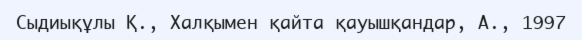
Сыдиықұлы Қ., Халқымен қайта қауышқандар, А., 1997